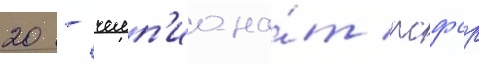
20 - чемп'иона́т рсфср